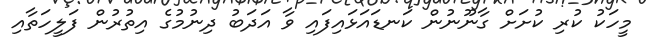
މީހަކު ކުރި ކުށަށް ގާނޫނުން ކަނޑައަޅައިފައި ވާ އަދަބު ދިނުމުގެ އިތުރުން ފަލީހަތާއި